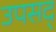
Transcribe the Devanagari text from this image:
उपसद्